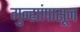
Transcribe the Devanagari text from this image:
गुन्ह्यांपासून